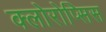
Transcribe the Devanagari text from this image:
क्लोरोप्सिस